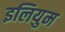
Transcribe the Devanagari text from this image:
इलियुम